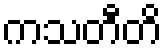
ကသတီတိ